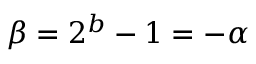
\beta = 2 ^ { b } - 1 = - \alpha